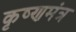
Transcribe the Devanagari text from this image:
कृष्णमंत्र